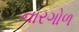
નારગોળ